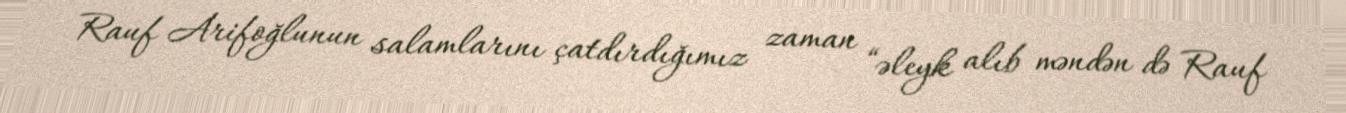
Rauf Arifoğlunun salamlarını çatdırdığımız zaman “əleyk alıb məndən də Rauf